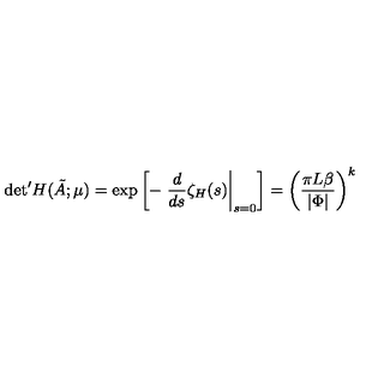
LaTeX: { \det } ^ { \prime } H ( \tilde { A } ; \mu ) = \exp \left[ - \left. \frac { d } { d s } \zeta _ { H } ( s ) \right\vert _ { s = 0 } \right] = \left( \frac { \pi L \beta } { \vert \Phi \vert } \right) ^ { k }